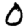
Digit: 0